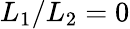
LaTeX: L_{1}/L_{2}=0